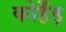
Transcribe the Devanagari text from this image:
कोहँड़